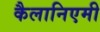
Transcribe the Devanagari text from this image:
कैलानिएमी